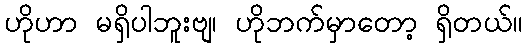
ဟိုဟာ မရှိပါဘူးဗျ၊ ဟိုဘက်မှာတော့ ရှိတယ်။